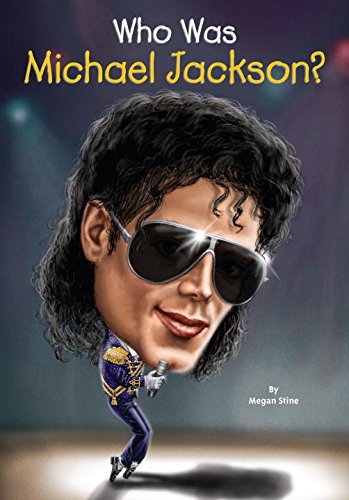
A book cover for Who Was Michael Jackson?; Megan Stine; Children's Books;